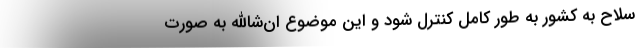
سلاح به کشور به طور کامل کنترل شود و این موضوع ان‌شاالله به صورت